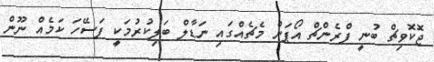
ޖޮކޮވިޗް ބުނީ ފްރެންޗް އޯޕަން މެޗެއްގައި ނަޑާލް ބަލިކުރުމަކީ ފަސޭހަ ކަމެއް ނޫން